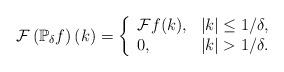
LaTeX: \begin{align*}\mathcal{F}\left(\mathbb{P}_{\delta}f\right)(k)=\left\{\begin{array}{ll}\mathcal{F}f(k),&|k|\leq 1/\delta,\\0,&|k|>1/\delta.\end{array}\right.\end{align*}